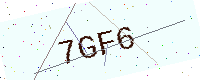
Text: 7GF6